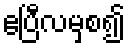
ဧပြီလမှစ၍